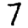
Digit: 7